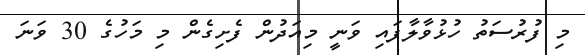
މި ފުރުސަތު ހުޅުވާލާފައި ވަނީ މިއަދުން ފެށިގެން މި މަހުގެ 30 ވަނަ